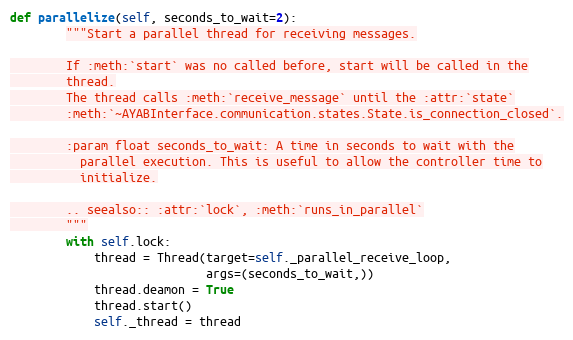
Language: Python
def parallelize(self, seconds_to_wait=2):
        """Start a parallel thread for receiving messages.

        If :meth:`start` was no called before, start will be called in the
        thread.
        The thread calls :meth:`receive_message` until the :attr:`state`
        :meth:`~AYABInterface.communication.states.State.is_connection_closed`.

        :param float seconds_to_wait: A time in seconds to wait with the
          parallel execution. This is useful to allow the controller time to
          initialize.

        .. seealso:: :attr:`lock`, :meth:`runs_in_parallel`
        """
        with self.lock:
            thread = Thread(target=self._parallel_receive_loop,
                            args=(seconds_to_wait,))
            thread.deamon = True
            thread.start()
            self._thread = thread